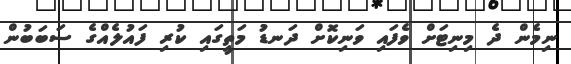
ނިމެން ދެ މިނިޓަށް ވެފައި ވަނިކޮށް ދަނޑު މަތީގައި ކުރި ފައުލެއްގެ ސަބަބުން